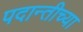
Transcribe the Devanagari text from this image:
पदान्तीच्या